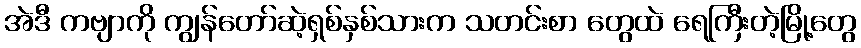
အဲဒီ ကဗျာကို ကျွန်တော်ဆဲ့ရှစ်နှစ်သားက သတင်းစာ တွေထဲ ရေကြီးတဲ့မြို့တွေ